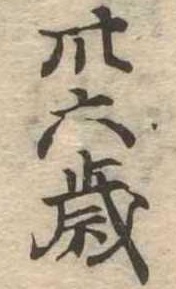
卅六歳